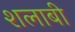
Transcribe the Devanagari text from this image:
शलाबी